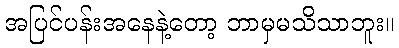
အပြင်ပန်းအနေနဲ့တော့ ဘာမှမသိသာဘူး။